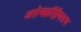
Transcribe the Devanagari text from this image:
अलेक्झांड्रिीयातच